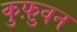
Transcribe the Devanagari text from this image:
कुफ़ुवन